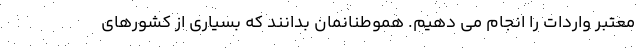
معتبر واردات را انجام می دهیم. هموطنانمان بدانند که بسیاری از کشورهای